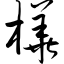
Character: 桦